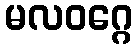
မလဝဂ္ဂေ